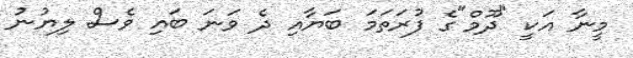
މީނާ އަކީ "ދޫމް"ގެ ފުރަތަމަ ބަޔާއި ދެ ވަނަ ބައި ވެސް ލިޔުނު